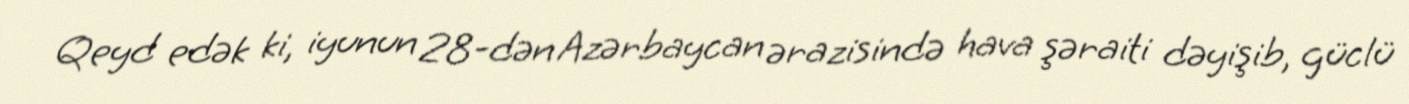
Qeyd edək ki, iyunun 28-dən Azərbaycan ərazisində hava şəraiti dəyişib, güclü